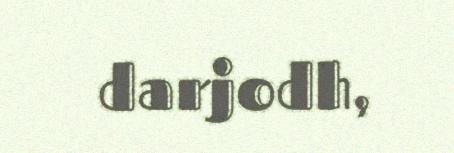
darjodh,